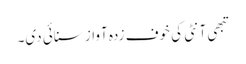
تبھی آنٹی کی خوف زدہ آواز سنائی دی۔